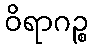
ဝိရာဂဉ္စ